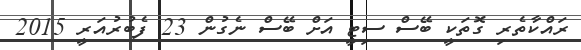
ރައްކާތެރި ގޮތަކީ ބޭސް ސިޓީ އަށް ބޭސް ނެގުން 23 ފެބުރުއަރީ 2015